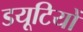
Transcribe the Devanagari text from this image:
डयूटियों